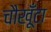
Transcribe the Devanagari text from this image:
चौखूँटा